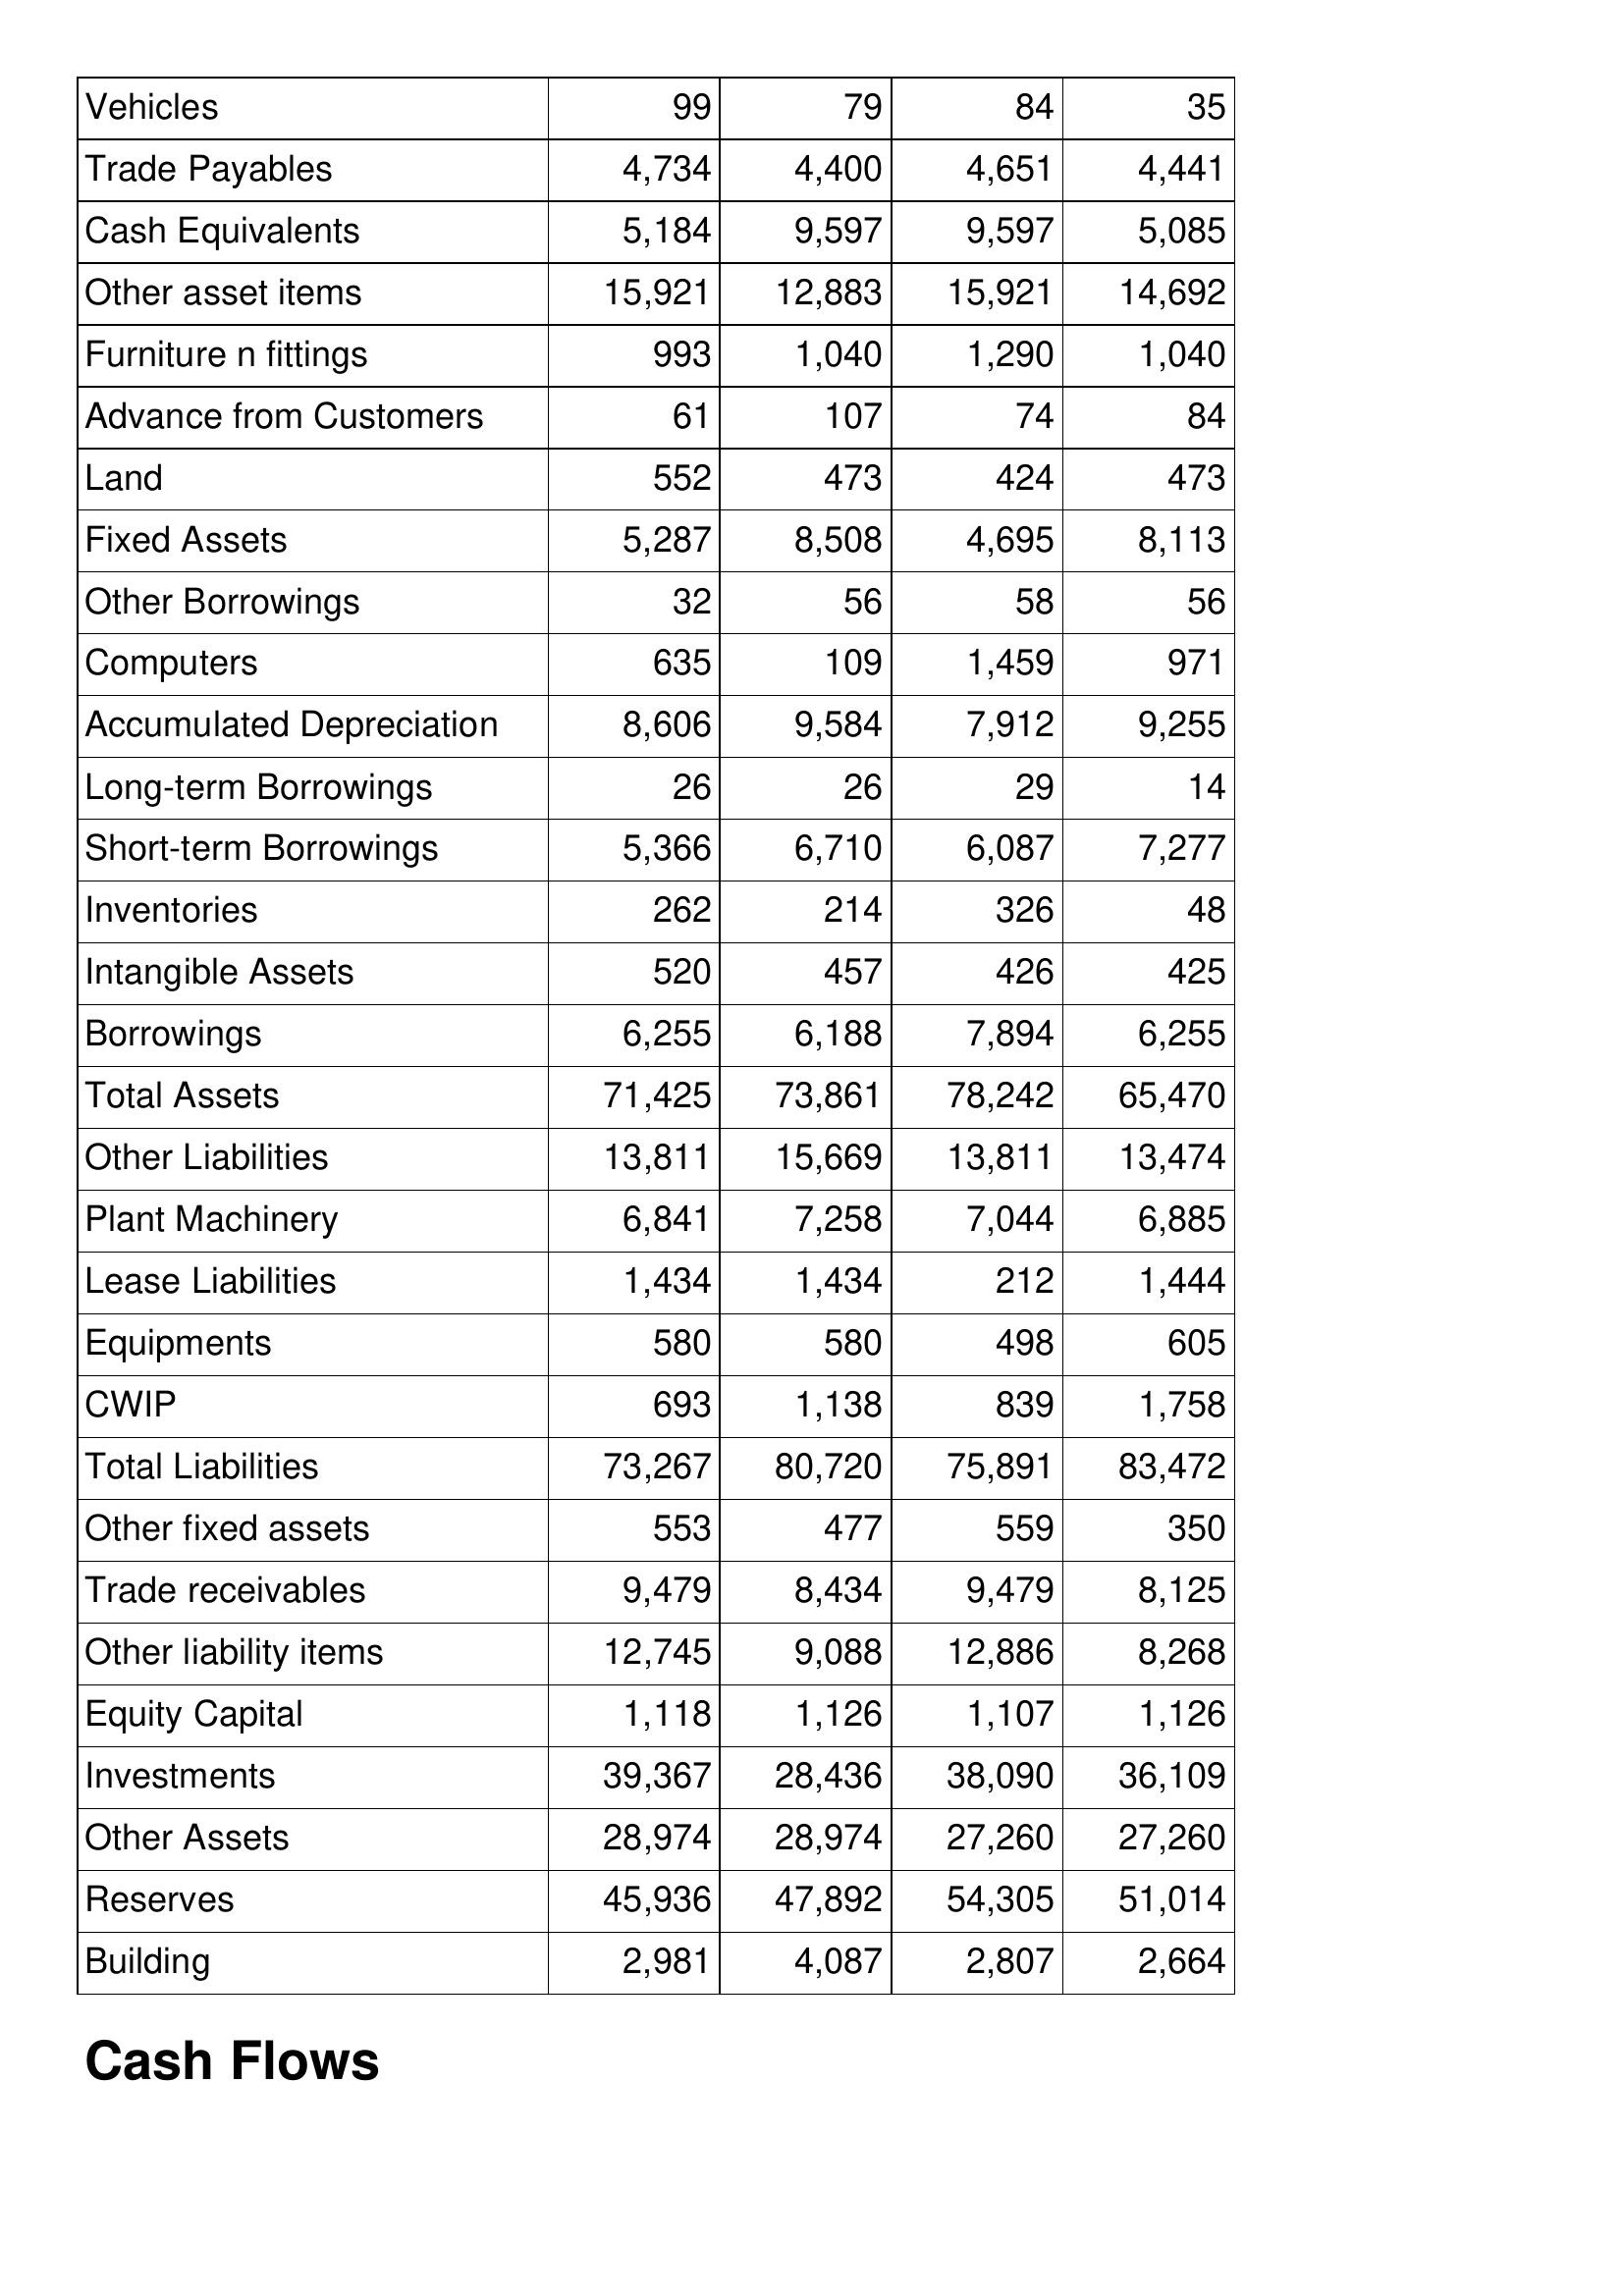
Apr-20: Balance Sheet: Vehicles: 99
Trade Payables: 4,734
Cash Equivalents: 5,184
Other asset items: 15,921
Furniture n fittings: 993
Advance from Customers: 61
Land: 552
Fixed Assets: 5,287
Other Borrowings: 32
Computers: 635
Accumulated Depreciation: 8,606
Long-term Borrowings: 26
Short-term Borrowings: 5,366
Inventories: 262
Intangible Assets: 520
Borrowings: 6,255
Total Assets: 71,425
Other Liabilities: 13,811
Plant Machinery: 6,841
Lease Liabilities: 1,434
Equipments: 580
CWIP: 693
Total Liabilities: 73,267
Other fixed assets: 553
Trade receivables: 9,479
Other liability items: 12,745
Equity Capital: 1,118
Investments: 39,367
Other Assets: 28,974
Reserves: 45,936
Building: 2,981
Apr-19: Balance Sheet: Vehicles: 79
Trade Payables: 4,400
Cash Equivalents: 9,597
Other asset items: 12,883
Furniture n fittings: 1,040
Advance from Customers: 107
Land: 473
Fixed Assets: 8,508
Other Borrowings: 56
Computers: 109
Accumulated Depreciation: 9,584
Long-term Borrowings: 26
Short-term Borrowings: 6,710
Inventories: 214
Intangible Assets: 457
Borrowings: 6,188
Total Assets: 73,861
Other Liabilities: 15,669
Plant Machinery: 7,258
Lease Liabilities: 1,434
Equipments: 580
CWIP: 1,138
Total Liabilities: 80,720
Other fixed assets: 477
Trade receivables: 8,434
Other liability items: 9,088
Equity Capital: 1,126
Investments: 28,436
Other Assets: 28,974
Reserves: 47,892
Building: 4,087
Apr-18: Balance Sheet: Vehicles: 84
Trade Payables: 4,651
Cash Equivalents: 9,597
Other asset items: 15,921
Furniture n fittings: 1,290
Advance from Customers: 74
Land: 424
Fixed Assets: 4,695
Other Borrowings: 58
Computers: 1,459
Accumulated Depreciation: 7,912
Long-term Borrowings: 29
Short-term Borrowings: 6,087
Inventories: 326
Intangible Assets: 426
Borrowings: 7,894
Total Assets: 78,242
Other Liabilities: 13,811
Plant Machinery: 7,044
Lease Liabilities: 212
Equipments: 498
CWIP: 839
Total Liabilities: 75,891
Other fixed assets: 559
Trade receivables: 9,479
Other liability items: 12,886
Equity Capital: 1,107
Investments: 38,090
Other Assets: 27,260
Reserves: 54,305
Building: 2,807
Apr-17: Balance Sheet: Vehicles: 35
Trade Payables: 4,441
Cash Equivalents: 5,085
Other asset items: 14,692
Furniture n fittings: 1,040
Advance from Customers: 84
Land: 473
Fixed Assets: 8,113
Other Borrowings: 56
Computers: 971
Accumulated Depreciation: 9,255
Long-term Borrowings: 14
Short-term Borrowings: 7,277
Inventories: 48
Intangible Assets: 425
Borrowings: 6,255
Total Assets: 65,470
Other Liabilities: 13,474
Plant Machinery: 6,885
Lease Liabilities: 1,444
Equipments: 605
CWIP: 1,758
Total Liabilities: 83,472
Other fixed assets: 350
Trade receivables: 8,125
Other liability items: 8,268
Equity Capital: 1,126
Investments: 36,109
Other Assets: 27,260
Reserves: 51,014
Building: 2,664